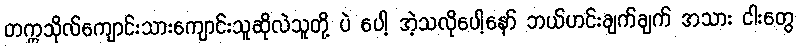
တက္ကသိုလ်ကျောင်းသားကျောင်းသူဆိုလဲသူတို့ ပဲ ပေါ့ အဲ့သလိုပေါ့နော် ဘယ်ဟင်းချက်ချက် အသား ငါးတွေ